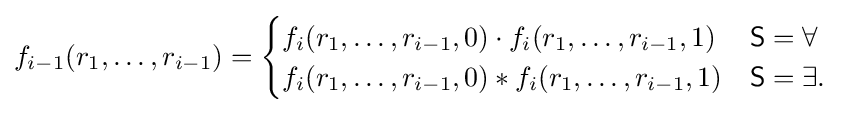
f_{i-1}(r_{1},\dots ,r_{i-1})={\begin{cases}f_{i}(r_{1},\dots ,r_{i-1},0)\cdot f_{i}(r_{1},\dots ,r_{i-1},1)&{\mathsf {S}}=\forall \\f_{i}(r_{1},\dots ,r_{i-1},0)*f_{i}(r_{1},\dots ,r_{i-1},1)&{\mathsf {S}}=\exists .\end{cases}}